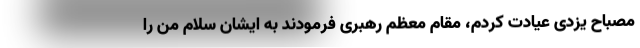
مصباح یزدی عیادت کردم، مقام معظم رهبری فرمودند به ایشان سلام من را